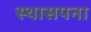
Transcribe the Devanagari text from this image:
स्थासपना